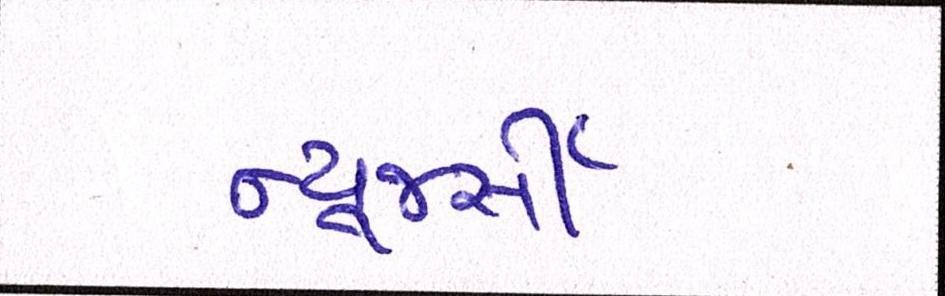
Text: ન્યૂજર્સી